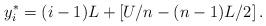
LaTeX: \begin{align*} y^*_i=(i-1)L+\left[U/n-(n-1)L/2\right]. \end{align*}